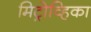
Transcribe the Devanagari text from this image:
मिट्रोव्हिका